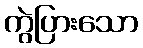
ကွဲပြားသော